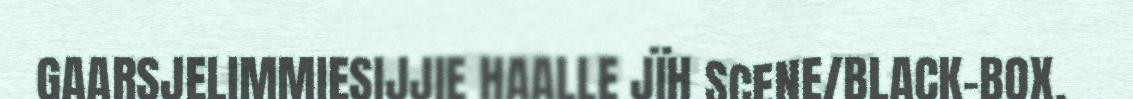
GAARSJELIMMIESIJJIE HAALLE JÏH SCENE/BLACK-BOX.